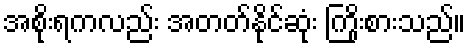
အစိုးရကလည်း အတတ်နိုင်ဆုံး ကြိုးစားသည်။